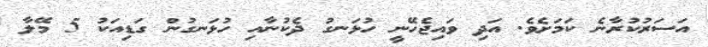
އަސަރުކުރާނެ ކަމަށެވެ. އަދި ވައިޖެހޭނީ ހުޅަނގު ދެކުނާއި ހުޅަނގުން ގަޑިއަކު 5 މޭލާ